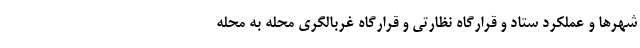
شهرها و عملکرد ستاد و قرارگاه نظارتی و قرارگاه غربالگری محله به محله